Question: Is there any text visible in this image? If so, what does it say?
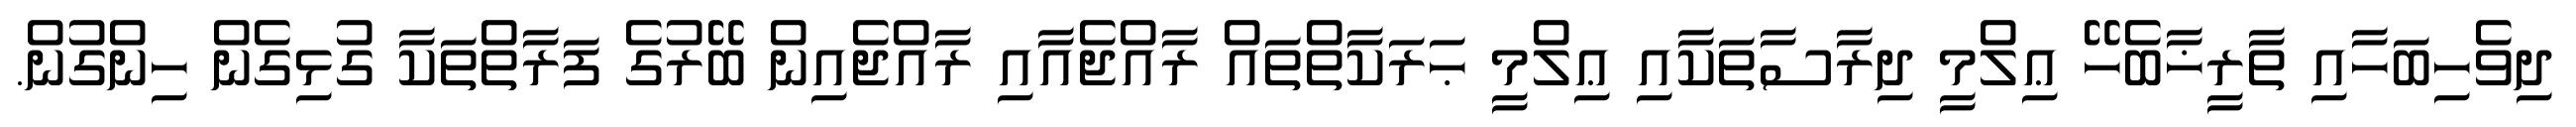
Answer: ދިވެހިބަހާއި ތާރީޚާބެހޭ ޢިލްމީ ދިރާސާތަކާއި ޢިލްމީ ޙަރަކާތްތައް ރާއްޖެއާއި ރާއްޖެއިން ބޭރުގެ ފަރާތްތަކާ ގުޅިގެން ހިންގުން.